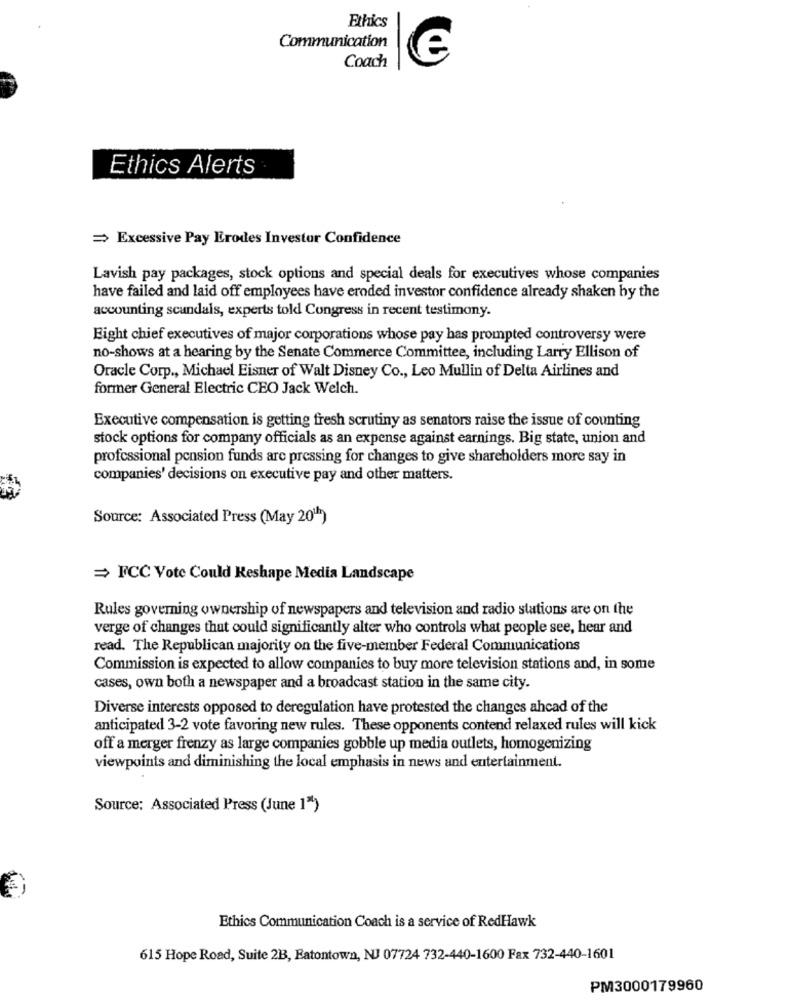
Ethics
Communication
Coach
Ethics Alerts
= Excessive Pay Erodes Investor Confidence
Lavish pay packages, stock options and special deals for executives whose companies
have failed and laid off employees have eroded investor confidence already shaken by the
accounting scandals, experts told Congress in recent testimony.
Eight chief executives of major corporations whose pay has prompted controversy were
no-shows at a hearing by the Senate Commerce Committee, including Larry Ellison of
Oracle Corp ., Michael Eisner of Walt Disney Co ., Leo Mullin of Delta Airlines and
former General Electric CEO Jack Welch.
Executive compensation is getting fresh scrutiny as senators raise the issue of counting
stock options for company officials as an expense against earnings. Big state, union and
professional pension funds are pressing for changes to give shareholders more say in
companies' decisions on executive pay and other matters.
Source: Associated Press (May 20h)
= FCC Vote Could Keshape Media Landscape
Rules governing ownership of newspapers and television and radio stations are on the
verge of changes that could significantly alter who controls what people see, hear and
read. The Republican majority on the five-member Federal Communications
Commission is expected to allow companies to buy more television stations and, in some
cases, own both a newspaper and a broadcast station in the same city.
Diverse interests opposed to deregulation have protested the changes ahead of the
anticipated 3-2 vote favoring new rules. These opponents contend relaxed rules will kick
off a merger frenzy as large companies gobble up media outlets, homogenizing
viewpoints and diminishing the local emphasis in news and entertainment.
Source: Associated Press (June 1")
Ethics Communication Coach is a service of RedHawk
615 Hope Road, Suite 2B, Eatontown, NJ 07724 732-440-1600 Fax 732-440-1601
PM3000179960